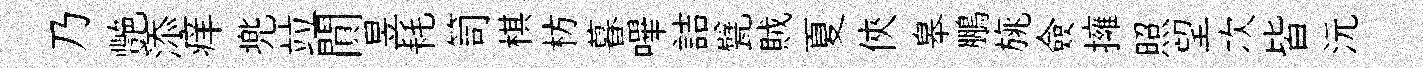
乃艷添痒兠竝閴昱耗笥棋枋暮嗶詰甓賊夏俠皋鵬旐僉擁照望次皆沅